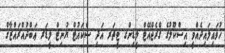
ހުވައިލައިދެއްވީ އިސްކޫލުގެ ގްރެޖްއޭޓް ލީޑިންގ ޓީޗަރ އަދި ސްކައުޓް ޔުނިޓް ލީޑަރ ޢަބްދުއްރައްޒާޤް